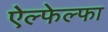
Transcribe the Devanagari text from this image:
ऐल्फेल्फा